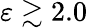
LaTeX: \varepsilon\gtrsim 2.0